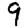
Digit: 9